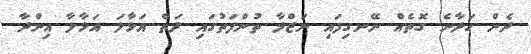
ދެން ހަދާނެ ގޮތެއް ނޭނގިފައި ނަޒްލާ ތުންފަތުގައި ދަތް އަޅާލަ އަޅާލާ އިންދާ